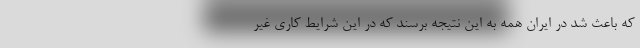
که باعث شد در ایران همه به این نتیجه برسند که در این شرایط کاری غیر